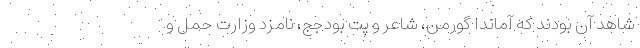
شاهد آن بودند که آماندا گورمن، شاعر و پت بودجج، نامزد وزارت حمل و